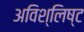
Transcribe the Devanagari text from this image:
अविश्लिष्ट